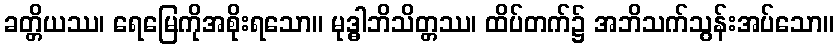
ခတ္တိယဿ၊ ရေမြေကိုအစိုးရသော။ မုဒ္ဓါဘိသိတ္တဿ၊ ထိပ်တက်၌ အဘိသက်သွန်းအပ်သော။